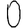
Digit: 0